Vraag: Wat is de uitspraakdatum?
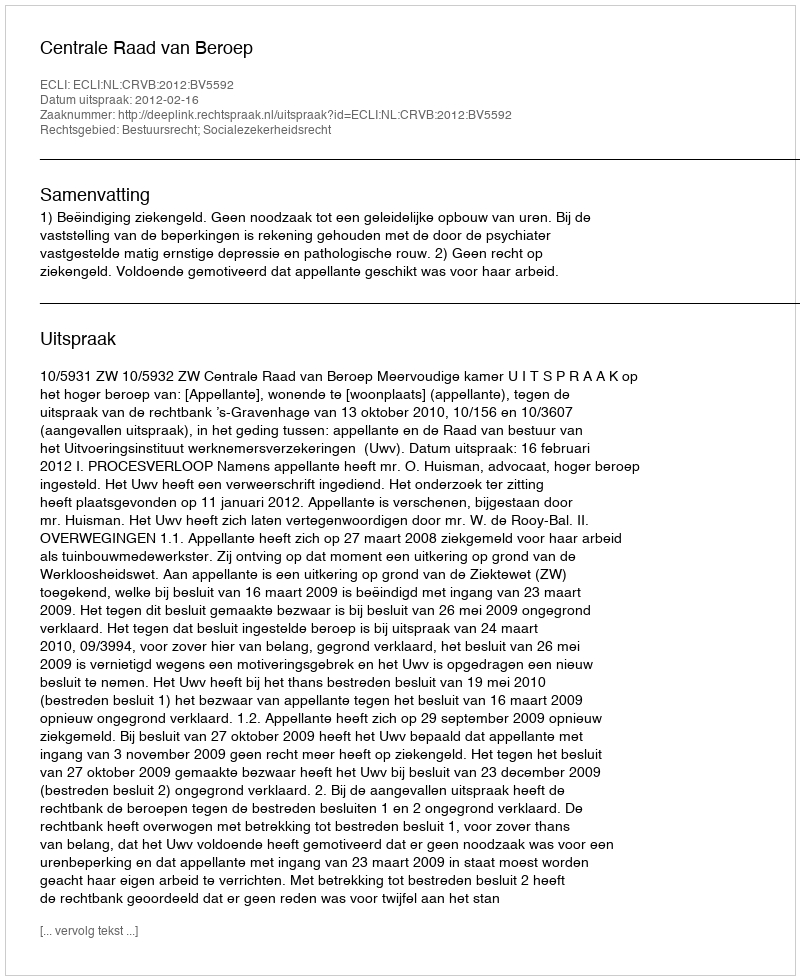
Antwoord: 2012-02-16